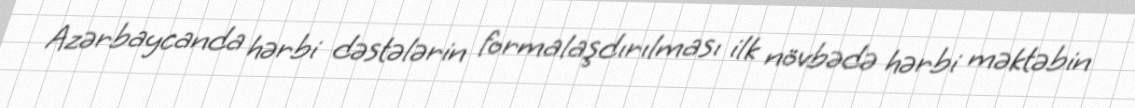
Azərbaycanda hərbi dəstələrin formalaşdırılması ilk növbədə hərbi məktəbin